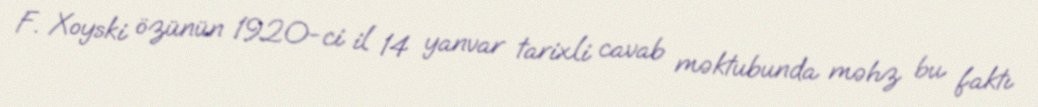
F. Xoyski özünün 1920-ci il 14 yanvar tarixli cavab məktubunda məhz bu faktı